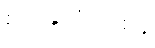
စိတ်နှလုံးတစ်ခု